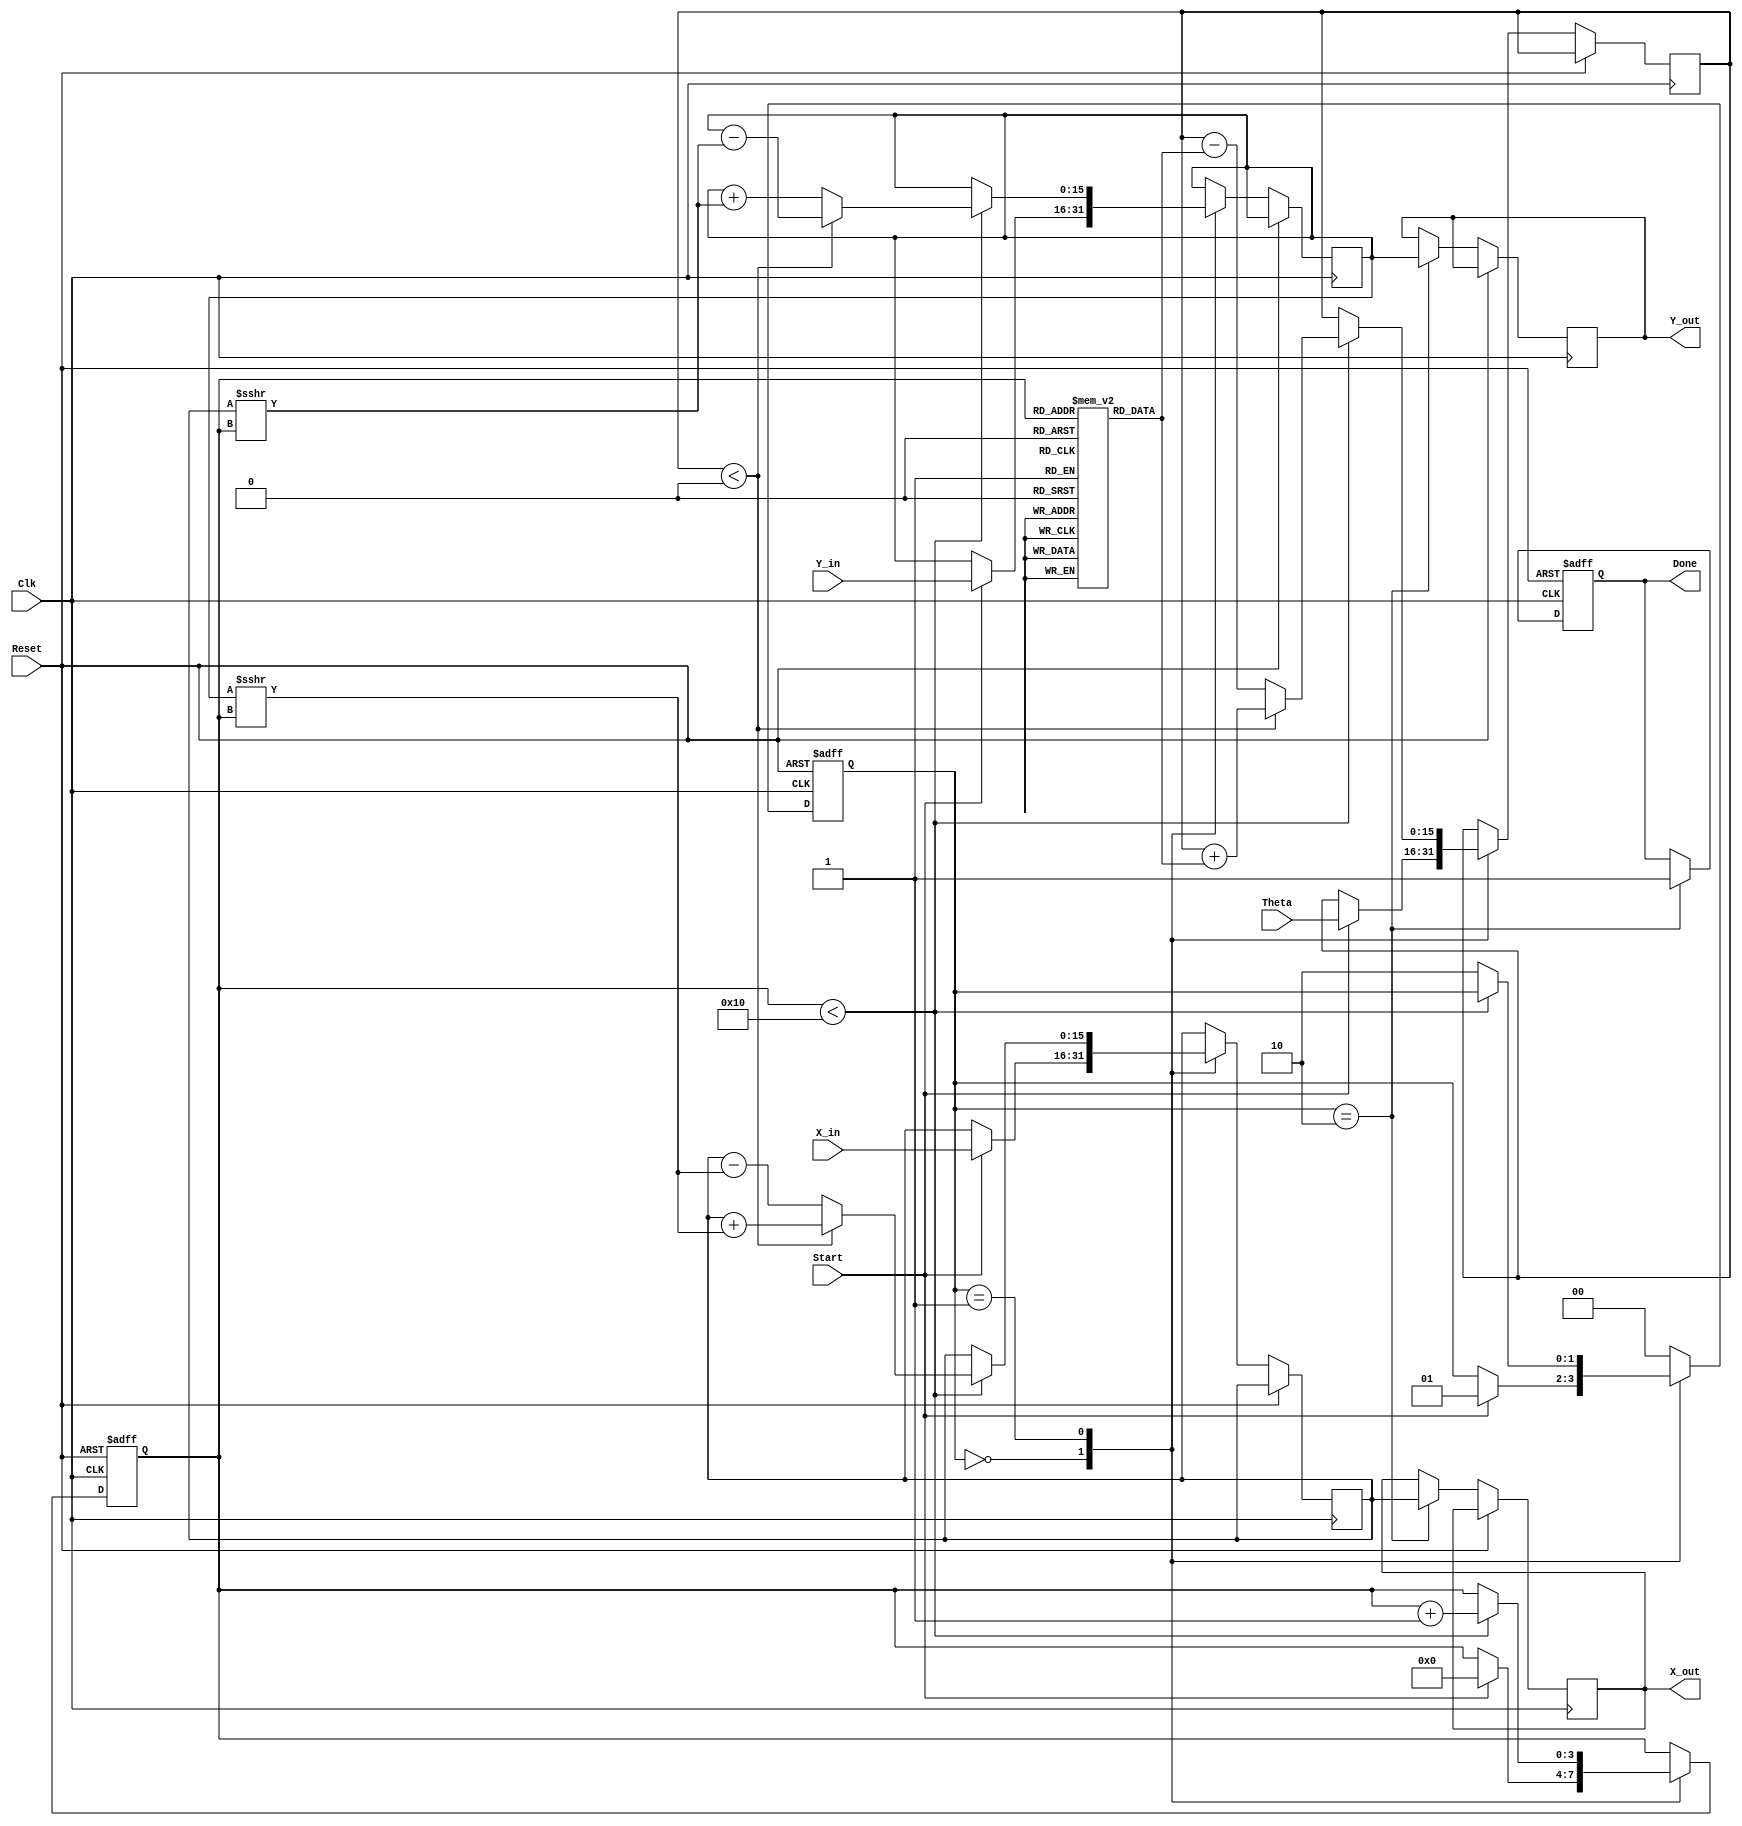
module cordic_2d (
    input wire signed [15:0] X_in,   // Initial x-coordinate
    input wire signed [15:0] Y_in,   // Initial y-coordinate
    input wire signed [15:0] Theta,   // Angle of rotation
    input wire Start,                 // Start signal
    input wire Clk,                   // Clock signal
    input wire Reset,                 // Asynchronous reset
    output reg signed [15:0] X_out,   // Final x-coordinate
    output reg signed [15:0] Y_out,   // Final y-coordinate
    output reg Done                   // Completion signal
);

    // Parameters
    parameter NUM_ITERATIONS = 16;              // Number of iterations
    parameter CORDIC_GAIN = 16'h26DD;           // Fixed-point representation of CORDIC gain (1/sqrt(2))
    
    // Internal Registers
    reg signed [15:0] X_reg;
    reg signed [15:0] Y_reg;
    reg signed [15:0] Theta_reg;
    reg [3:0] Iteration_count;                   // Counter for iterations
    reg [1:0] state;                             // State machine: 0=Idle, 1=Compute, 2=Done

    // CORDIC angle lookup table (fixed-point representation)
    reg signed [15:0] atan_table [0:NUM_ITERATIONS-1];
    initial begin
        atan_table[0] = 16'h26DB; // atan(2^0)
        atan_table[1] = 16'h1DAC; // atan(2^-1)
        atan_table[2] = 16'h0FA3; // atan(2^-2)
        atan_table[3] = 16'h07A1; // atan(2^-3)
        atan_table[4] = 16'h03D7; // atan(2^-4)
        atan_table[5] = 16'h01FB; // atan(2^-5)
        atan_table[6] = 16'h00FF; // atan(2^-6)
        atan_table[7] = 16'h007F; // atan(2^-7)
        atan_table[8] = 16'h003F; // atan(2^-8)
        atan_table[9] = 16'h001F; // atan(2^-9)
        atan_table[10] = 16'h000F; // atan(2^-10)
        atan_table[11] = 16'h0007; // atan(2^-11)
        atan_table[12] = 16'h0003; // atan(2^-12)
        atan_table[13] = 16'h0001; // atan(2^-13)
        atan_table[14] = 16'h0001; // atan(2^-14)
        atan_table[15] = 16'h0000; // atan(2^-15)
    end

    // State machine
    always @(posedge Clk or posedge Reset) begin
        if (Reset) begin
            state <= 2'b00; // Idle state
            Done <= 1'b0;
            Iteration_count <= 0;
        end else begin
            case (state)
                2'b00: begin // Idle state
                    if (Start) begin
                        X_reg <= X_in;
                        Y_reg <= Y_in;
                        Theta_reg <= Theta;
                        Iteration_count <= 0;
                        state <= 2'b01; // Move to Compute state
                    end
                end
                2'b01: begin // Compute state
                    if (Iteration_count < NUM_ITERATIONS) begin
                        // CORDIC rotation logic
                        if (Theta_reg < 0) begin
                            // Rotate clockwise
                            X_reg <= X_reg + (Y_reg >>> Iteration_count);
                            Y_reg <= Y_reg - (X_reg >>> Iteration_count);
                            Theta_reg <= Theta_reg + atan_table[Iteration_count];
                        end else begin
                            // Rotate counter-clockwise
                            X_reg <= X_reg - (Y_reg >>> Iteration_count);
                            Y_reg <= Y_reg + (X_reg >>> Iteration_count);
                            Theta_reg <= Theta_reg - atan_table[Iteration_count];
                        end
                        Iteration_count <= Iteration_count + 1;
                    end else begin
                        // Move to Done state
                        state <= 2'b10;
                    end
                end
                2'b10: begin // Done state
                    X_out <= X_reg;
                    Y_out <= Y_reg;
                    Done <= 1'b1; // Indicate completion
                    state <= 2'b00; // Go back to Idle
                end
                default: state <= 2'b00; // Default to Idle
            endcase
        end
    end
endmodule